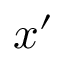
x ^ { \prime }